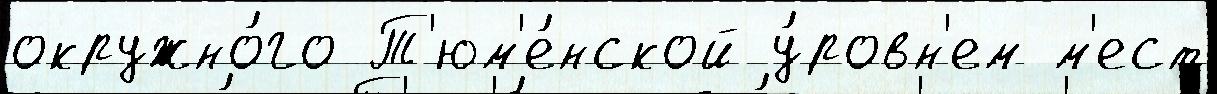
окружно́го Т'юм'е́нской у́ровн'ем м'ест